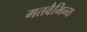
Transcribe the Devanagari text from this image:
मतवैभिन्य